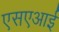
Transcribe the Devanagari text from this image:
एसएआई